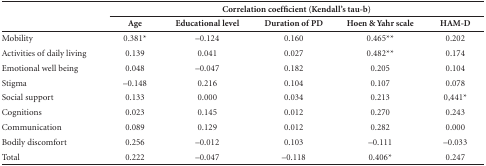
<table><thead><tr><td rowspan="2"><b> </b></td><td colspan="5"><b>Correlation coefficient (Kendall&#x27;stau-b)</b></td></tr><tr><td><b>Age </b></td><td><b>Educational level</b></td><td><b>Duration of PD</b></td><td><b>Hoen &amp; Yahr scale</b></td><td><b>HAM-D</b></td></tr></thead><tbody><tr><td>Mobility</td><td>0.381*</td><td>-0.124</td><td>0.160</td><td>0.465**</td><td>0.202</td></tr><tr><td>Activities of daily living</td><td>0.139</td><td>0.041</td><td>0.027</td><td>0.482**</td><td>0.174</td></tr><tr><td>Emotional well being</td><td>0.048</td><td>-0.047</td><td>0.182</td><td>0.205</td><td>0.104</td></tr><tr><td>Stigma</td><td>-0.148</td><td>0.216</td><td>0.104</td><td>0.107</td><td>0.078</td></tr><tr><td>Social support</td><td>0.133</td><td>0.000</td><td>0.034</td><td>0.213</td><td>0,441*</td></tr><tr><td>Cognitions</td><td>0.023</td><td>0.145</td><td>0.012</td><td>0.270</td><td>0.243</td></tr><tr><td>Communication</td><td>0.089</td><td>0.129</td><td>0.012</td><td>0.282</td><td>0.000</td></tr><tr><td>Bodily discomfort</td><td>0.256</td><td>-0.012</td><td>0.103</td><td>-0.111</td><td>-0.033</td></tr><tr><td>Total</td><td>0.222</td><td>-0.047</td><td>-0.118</td><td>0.406*</td><td>0.247</td></tr></tbody></table>